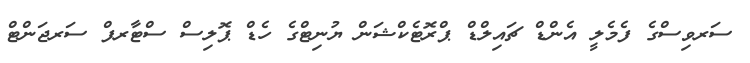
ސަރވިސްގެ ފެމެލީ އެންޑް ޗައިލްޑް ޕްރޮޓެކްޝަން ޔުނިޓްގެ ހެޑް ޕޮލިސް ސްޓާރފް ސަރޖަންޓް